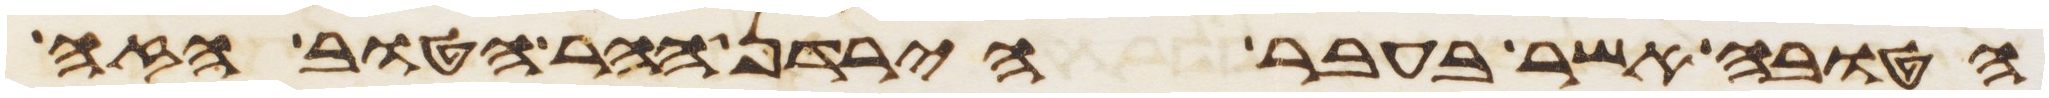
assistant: הטובה אשר בעבר הירדן ההר הטוב הזה